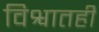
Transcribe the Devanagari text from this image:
विश्वातही